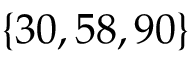
\{ 3 0 , 5 8 , 9 0 \}